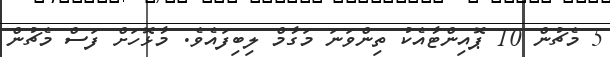
5 މެޗުން 10 ޕޮއިންޓާއެކު ތިންވަނަ މަގާމް ލިބިފައެވެ. މާޅޮހަށް ފަސް މެޗުން